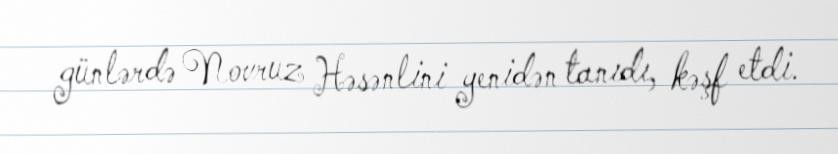
günlərdə Novruz Həsənlini yenidən tanıdı, kəşf etdi.